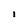
Character: I